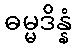
ဓမ္မဒိန္နံ